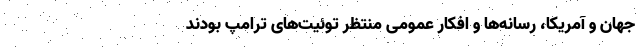
جهان و آمریکا، رسانه‌ها و افکار عمومی منتظر توئیت‌های ترامپ بودند